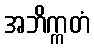
အဘိက္ကတံ